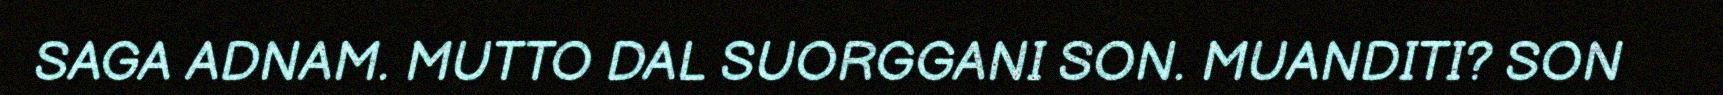
SAGA ADNAM. MUTTO DAL SUORGGANI SON. MUANDITI? SON